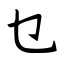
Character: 乜